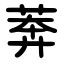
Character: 莾